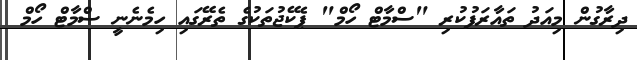
ދިރާގުން މިއަދު ތައާރަފުކުރި "ސްމާޓް ހޯމް" ޕެކޭޖުތަކުގެ ތެރޭގައި ހިމެނެނީ ސްމާޓް ހޯމް